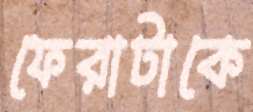
ফেরাটাকে